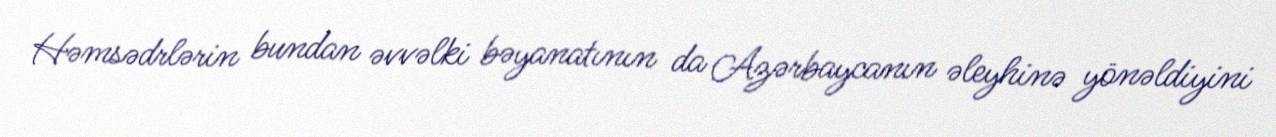
Həmsədrlərin bundan əvvəlki bəyanatının da Azərbaycanın əleyhinə yönəldiyini